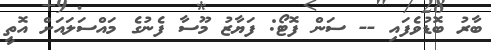
ބާރު ބޮޑުވެފައި -- ސަން ފޮޓޯ: ފަޔާޒު މޫސާ ފެނުގެ މައްސަލައަށް އޮތީ